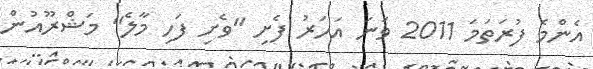
އެންމެ ފުރަތަމަ 2011 ވަނަ އަހަރު ފެށި "ވެށި ފަހި މާލެ" މަޝްރޫއުން